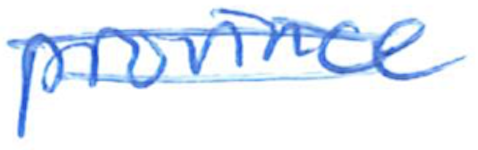
Text: province
Cross-out: double-line
Writing tool: ballpoint